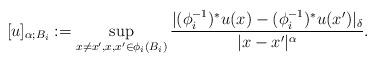
LaTeX: \begin{align*} [u]_{\alpha; B_i} := \sup_{x \neq x', x,x' \in \phi_i(B_i)} \frac{ | (\phi_i^{-1})^* u (x) - (\phi_i^{-1})^* u(x') |_{\delta}}{|x-x'|^{\alpha}}. \end{align*}